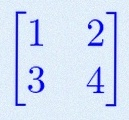
\begin{bmatrix}1&2\\3&4\end{bmatrix}